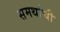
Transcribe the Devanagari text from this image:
समर्थाची